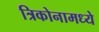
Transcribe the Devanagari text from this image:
त्रिकोनामध्ये